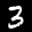
Label: 3